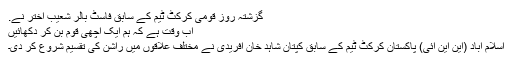
گزشتہ روز قومی کرکٹ ٹیم کے سابق فاسٹ بالر شعیب اختر نے.
اب وقت ہے کہ ہم ایک اچھی قوم بن کر دکھائیں
اسلام آباد (این این آئی) پاکستان کرکٹ ٹیم کے سابق کپتان شاہد خان آفریدی نے مختلف علاقوں میں راشن کی تقسیم شروع کر دی۔